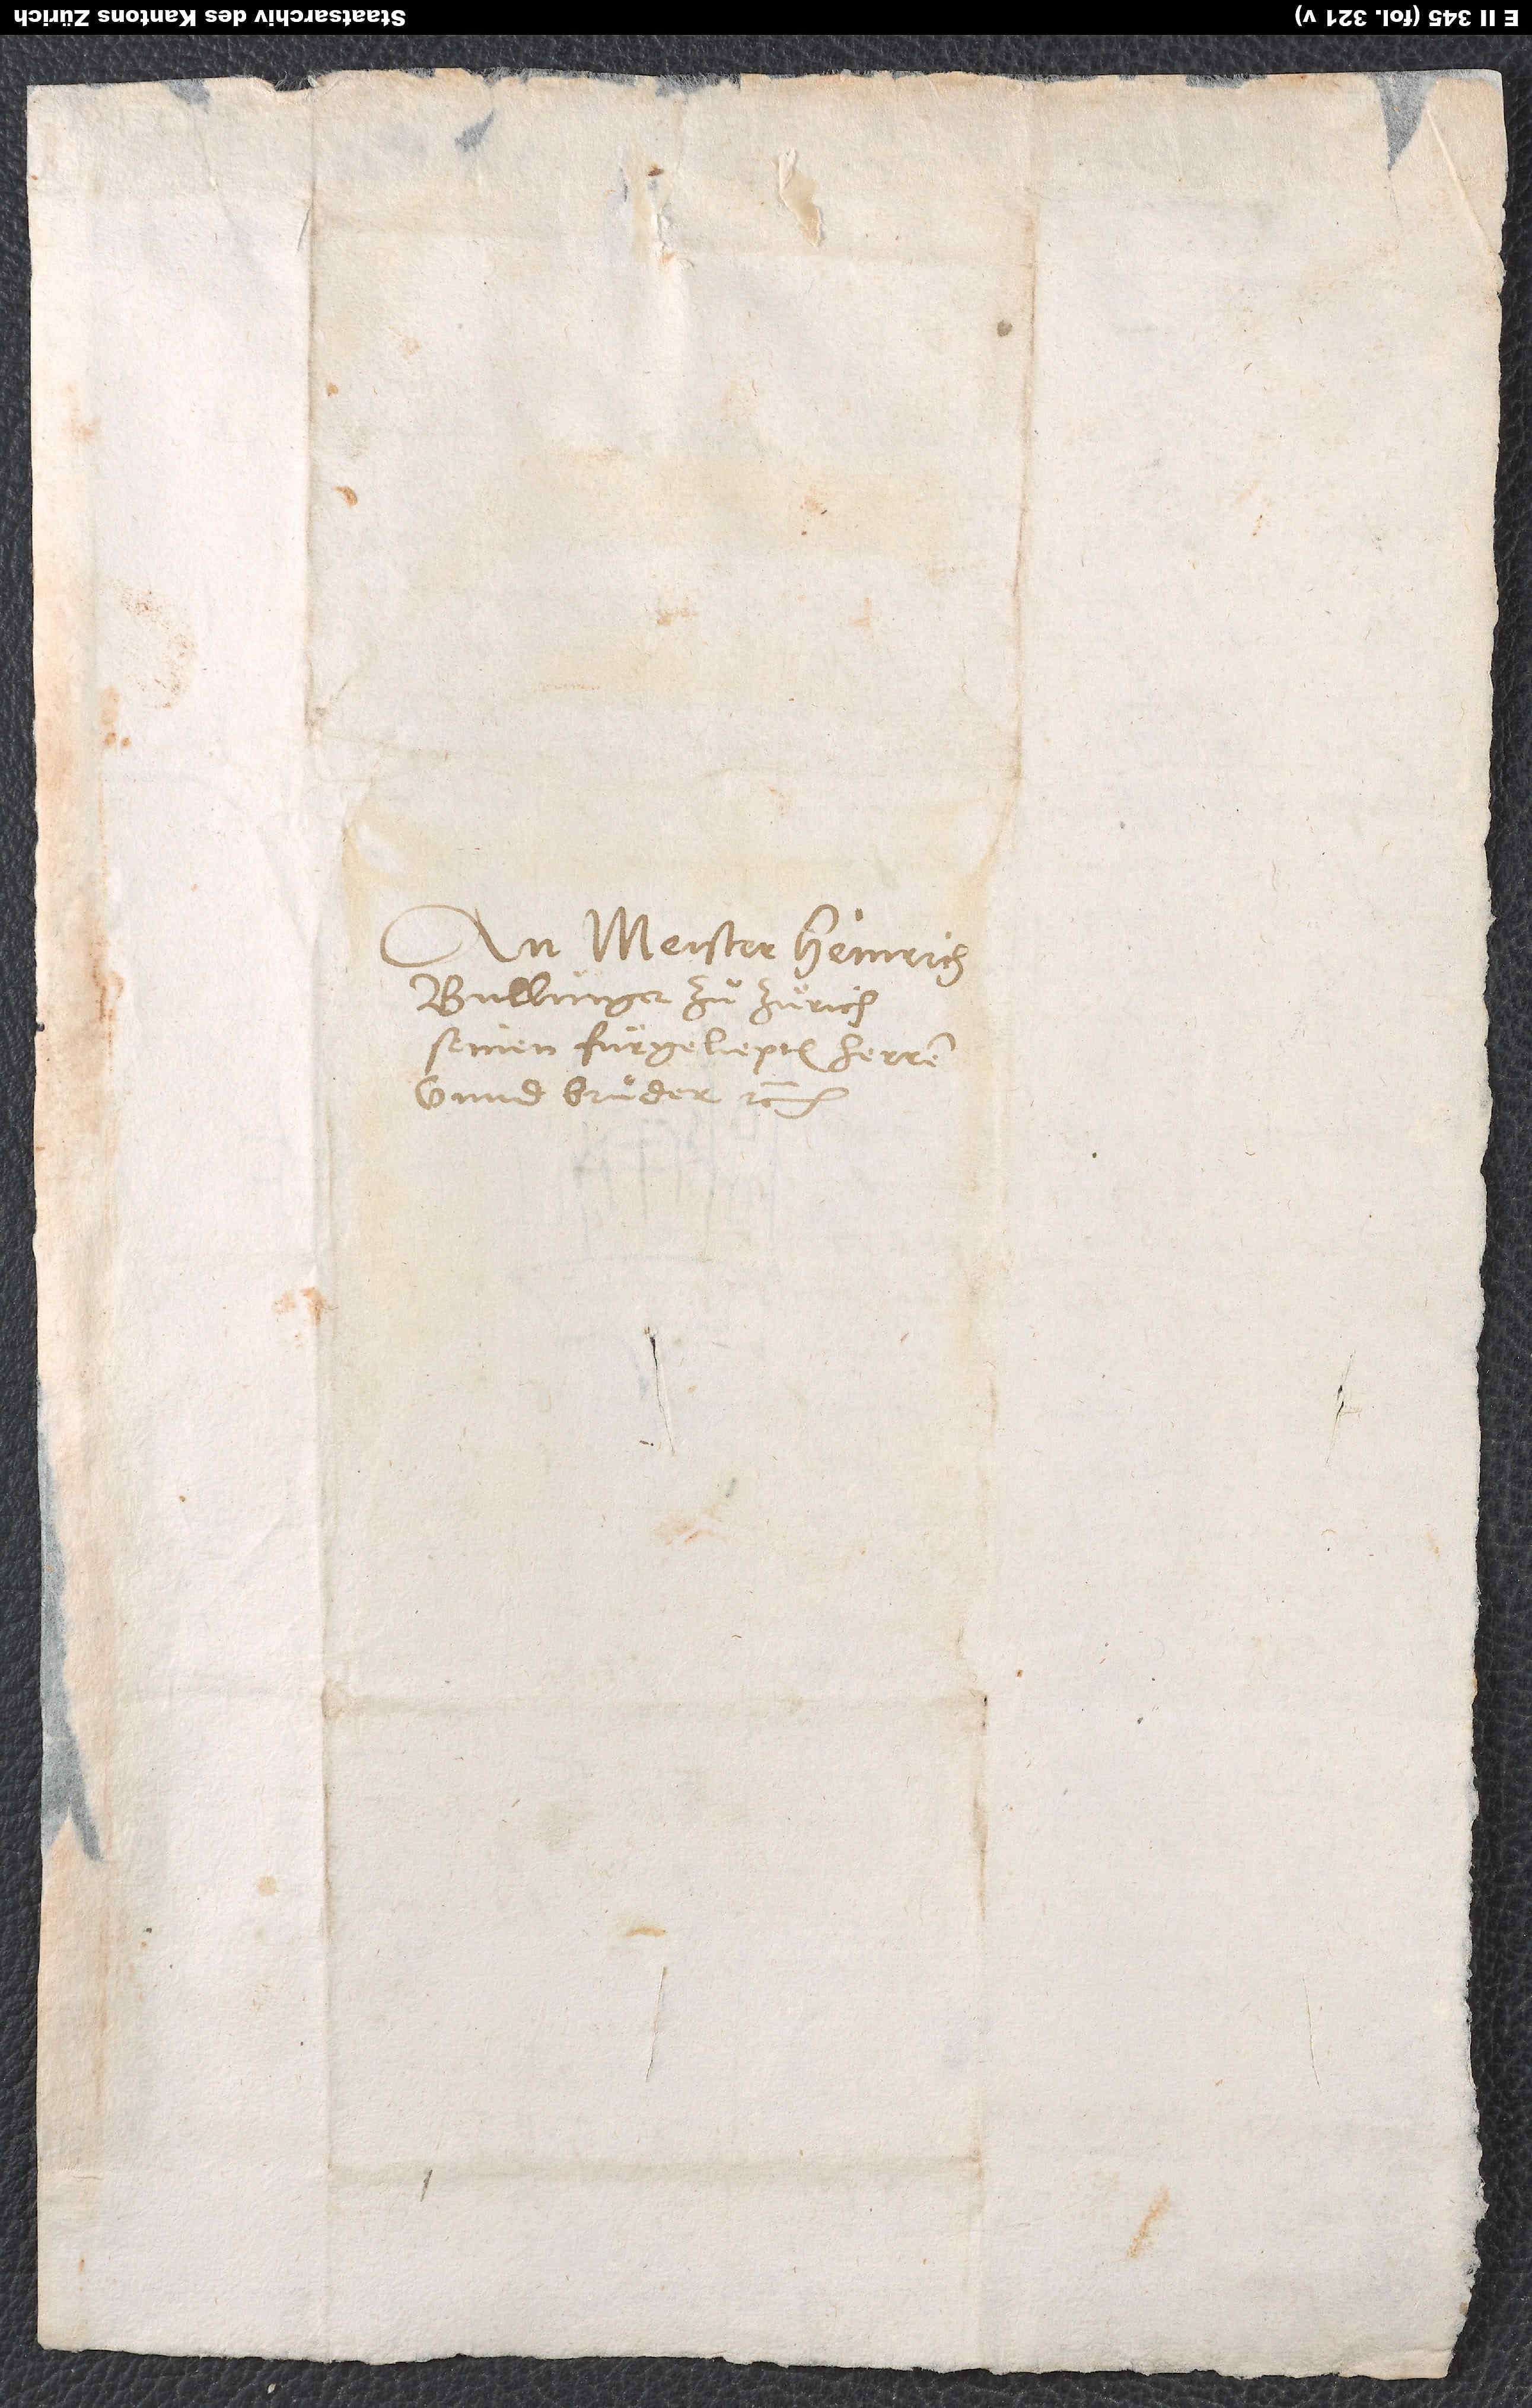
An meister Heinrich
Bullinger zuͦ Zuͤrich,
seinen fuͤrgeliepten herren
unnd bruder, etc.